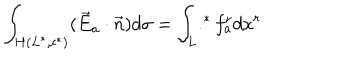
\int _ { H ( L ^ { * } , c ^ { * } ) } ( \vec { E } _ { a } \cdot \vec { n } ) d \sigma = \int _ { L } . ^ { * } f _ { a } ^ { r } d x ^ { r }